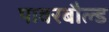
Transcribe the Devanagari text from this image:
पावरबौल्ड